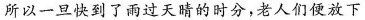
所以一旦快到了雨过天晴的时分，老人们便放下